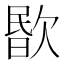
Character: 𣣤